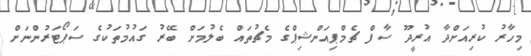
މިހާރު ކުރިއަށްދާ އުރީދޫ ސާފް ޗެމްޕިއަންޝިޕްގެ މެޗުތައް ބެލުމަށް ބޭރު ގައުމުތަކުގެ ސަޕޯޓަރުންނަށް